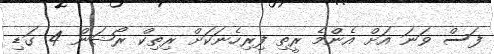
ފަސް ވަނަ އަށް އެންމެ ރީތި ފިރިހެނަކަށް ރިތިކް ރޯޝަން 4 ގަޑި